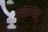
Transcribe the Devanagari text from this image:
पचापचय